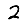
Digit: 2